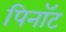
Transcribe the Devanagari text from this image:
पिनॉट